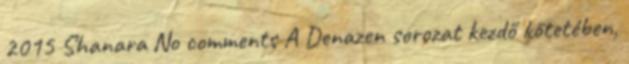
2015 Shanara No comments A Denazen sorozat kezdő kötetében,